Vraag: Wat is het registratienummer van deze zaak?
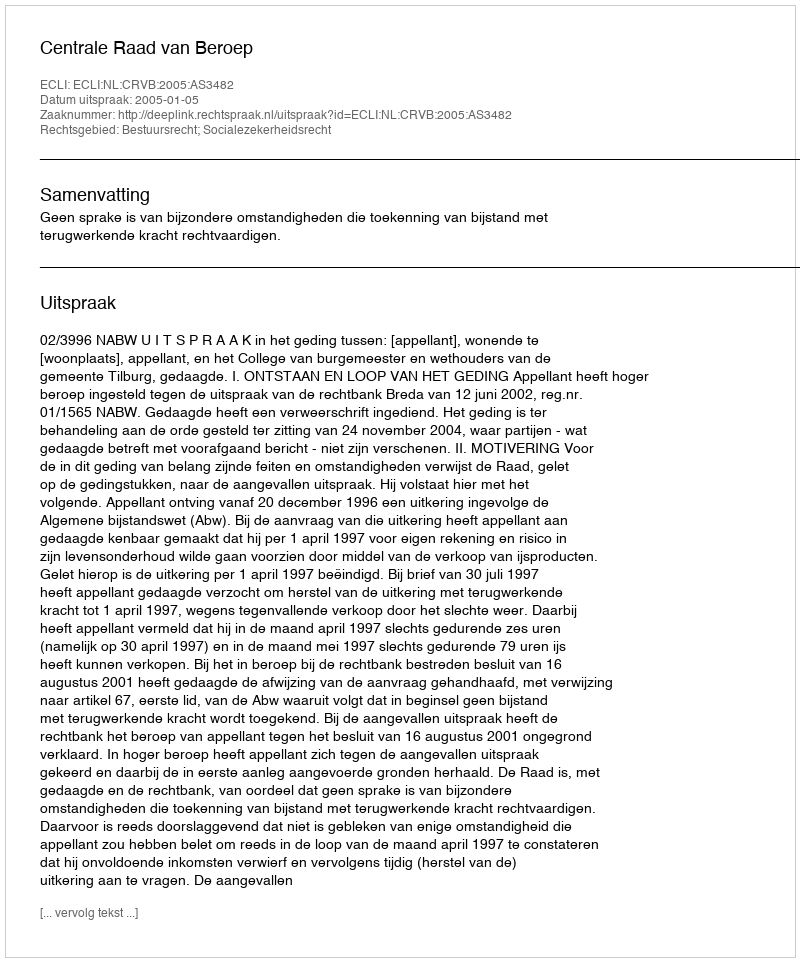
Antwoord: http://deeplink.rechtspraak.nl/uitspraak?id=ECLI:NL:CRVB:2005:AS3482